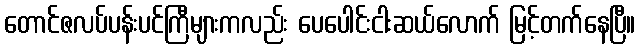
တောင်ဇလပ်ပန်းပင်ကြီများကလည်း ပေပေါင်းငါးဆယ်လောက် မြင့်တက်နေပြီ။